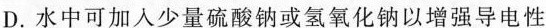
D.水中可加入少量硫酸钠或氢氧化钠以增强导电性